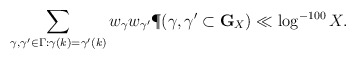
\begin{align*} \sum_{\gamma,\gamma' \in \Gamma: \gamma(k)=\gamma'(k)} w_\gamma w_{\gamma'} \P( \gamma, \gamma' \subset {\mathbf G}_X ) \ll \log^{-100} X.\end{align*}